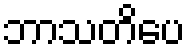
ဘာသတိပေ